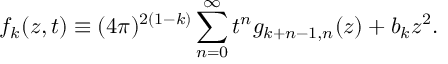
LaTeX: f _ { k } ( z , t ) \equiv ( 4 \pi ) ^ { 2 ( 1 - k ) } \sum _ { n = 0 } ^ { \infty } t ^ { n } g _ { k + n - 1 , n } ( z ) + b _ { k } z ^ { 2 } .